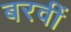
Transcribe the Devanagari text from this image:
बरवीं